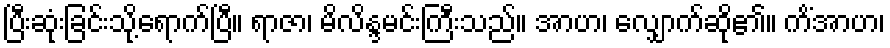
ပြီးဆုံးခြင်းသို့ရောက်ပြီ။ ရာဇာ၊ မိလိန္ဒမင်းကြီးသည်။ အာဟ၊ လျှောက်ဆို၏။ ကိံအာဟ၊